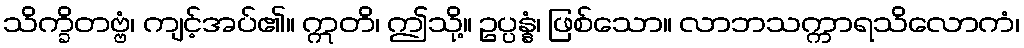
သိက္ခိတဗ္ဗံ၊ ကျင့်အပ်၏။ ဣတိ၊ ဤသို့။ ဥပ္ပန္နံ၊ ဖြစ်သော။ လာဘသက္ကာရသိလောကံ၊